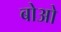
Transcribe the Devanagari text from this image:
बोओ